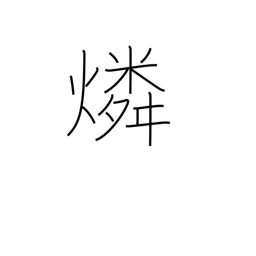
Meaning: phosphorus